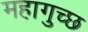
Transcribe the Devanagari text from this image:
महागुच्छ